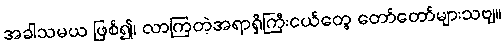
အခါသမယ ဖြစ်၍၊ လာကြတဲ့အရာရှိကြီးငယ်တွေ တော်တော်များသဗျ။